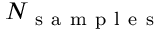
N _ { \mathrm { ~ s ~ a ~ m ~ p ~ l ~ e ~ s ~ } }